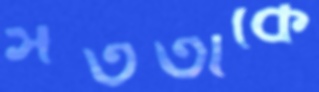
সততাকে